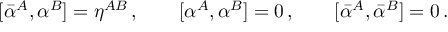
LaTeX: [ \bar { \alpha } ^ { A } , \alpha ^ { B } ] = \eta ^ { A B } \, , \qquad [ \alpha ^ { A } , \alpha ^ { B } ] = 0 \, , \qquad [ \bar { \alpha } ^ { A } , \bar { \alpha } ^ { B } ] = 0 \, .